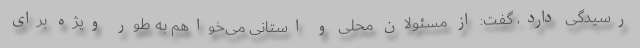
رسیدگی دارد، گفت: از مسئولان محلی و استانی می‌خواهم به طور ویژه برای